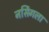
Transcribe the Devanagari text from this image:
नर्सिंगला